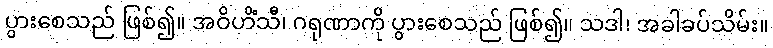
ပွားစေသည် ဖြစ်၍။ အဝိဟိံသီ၊ ဂရုဏာကို ပွားစေသည် ဖြစ်၍။ သဒါ၊ အခါခပ်သိမ်း။